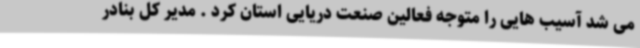
می شد آسیب هایی را متوجه فعالین صنعت دریایی استان کرد . مدیر کل بنادر